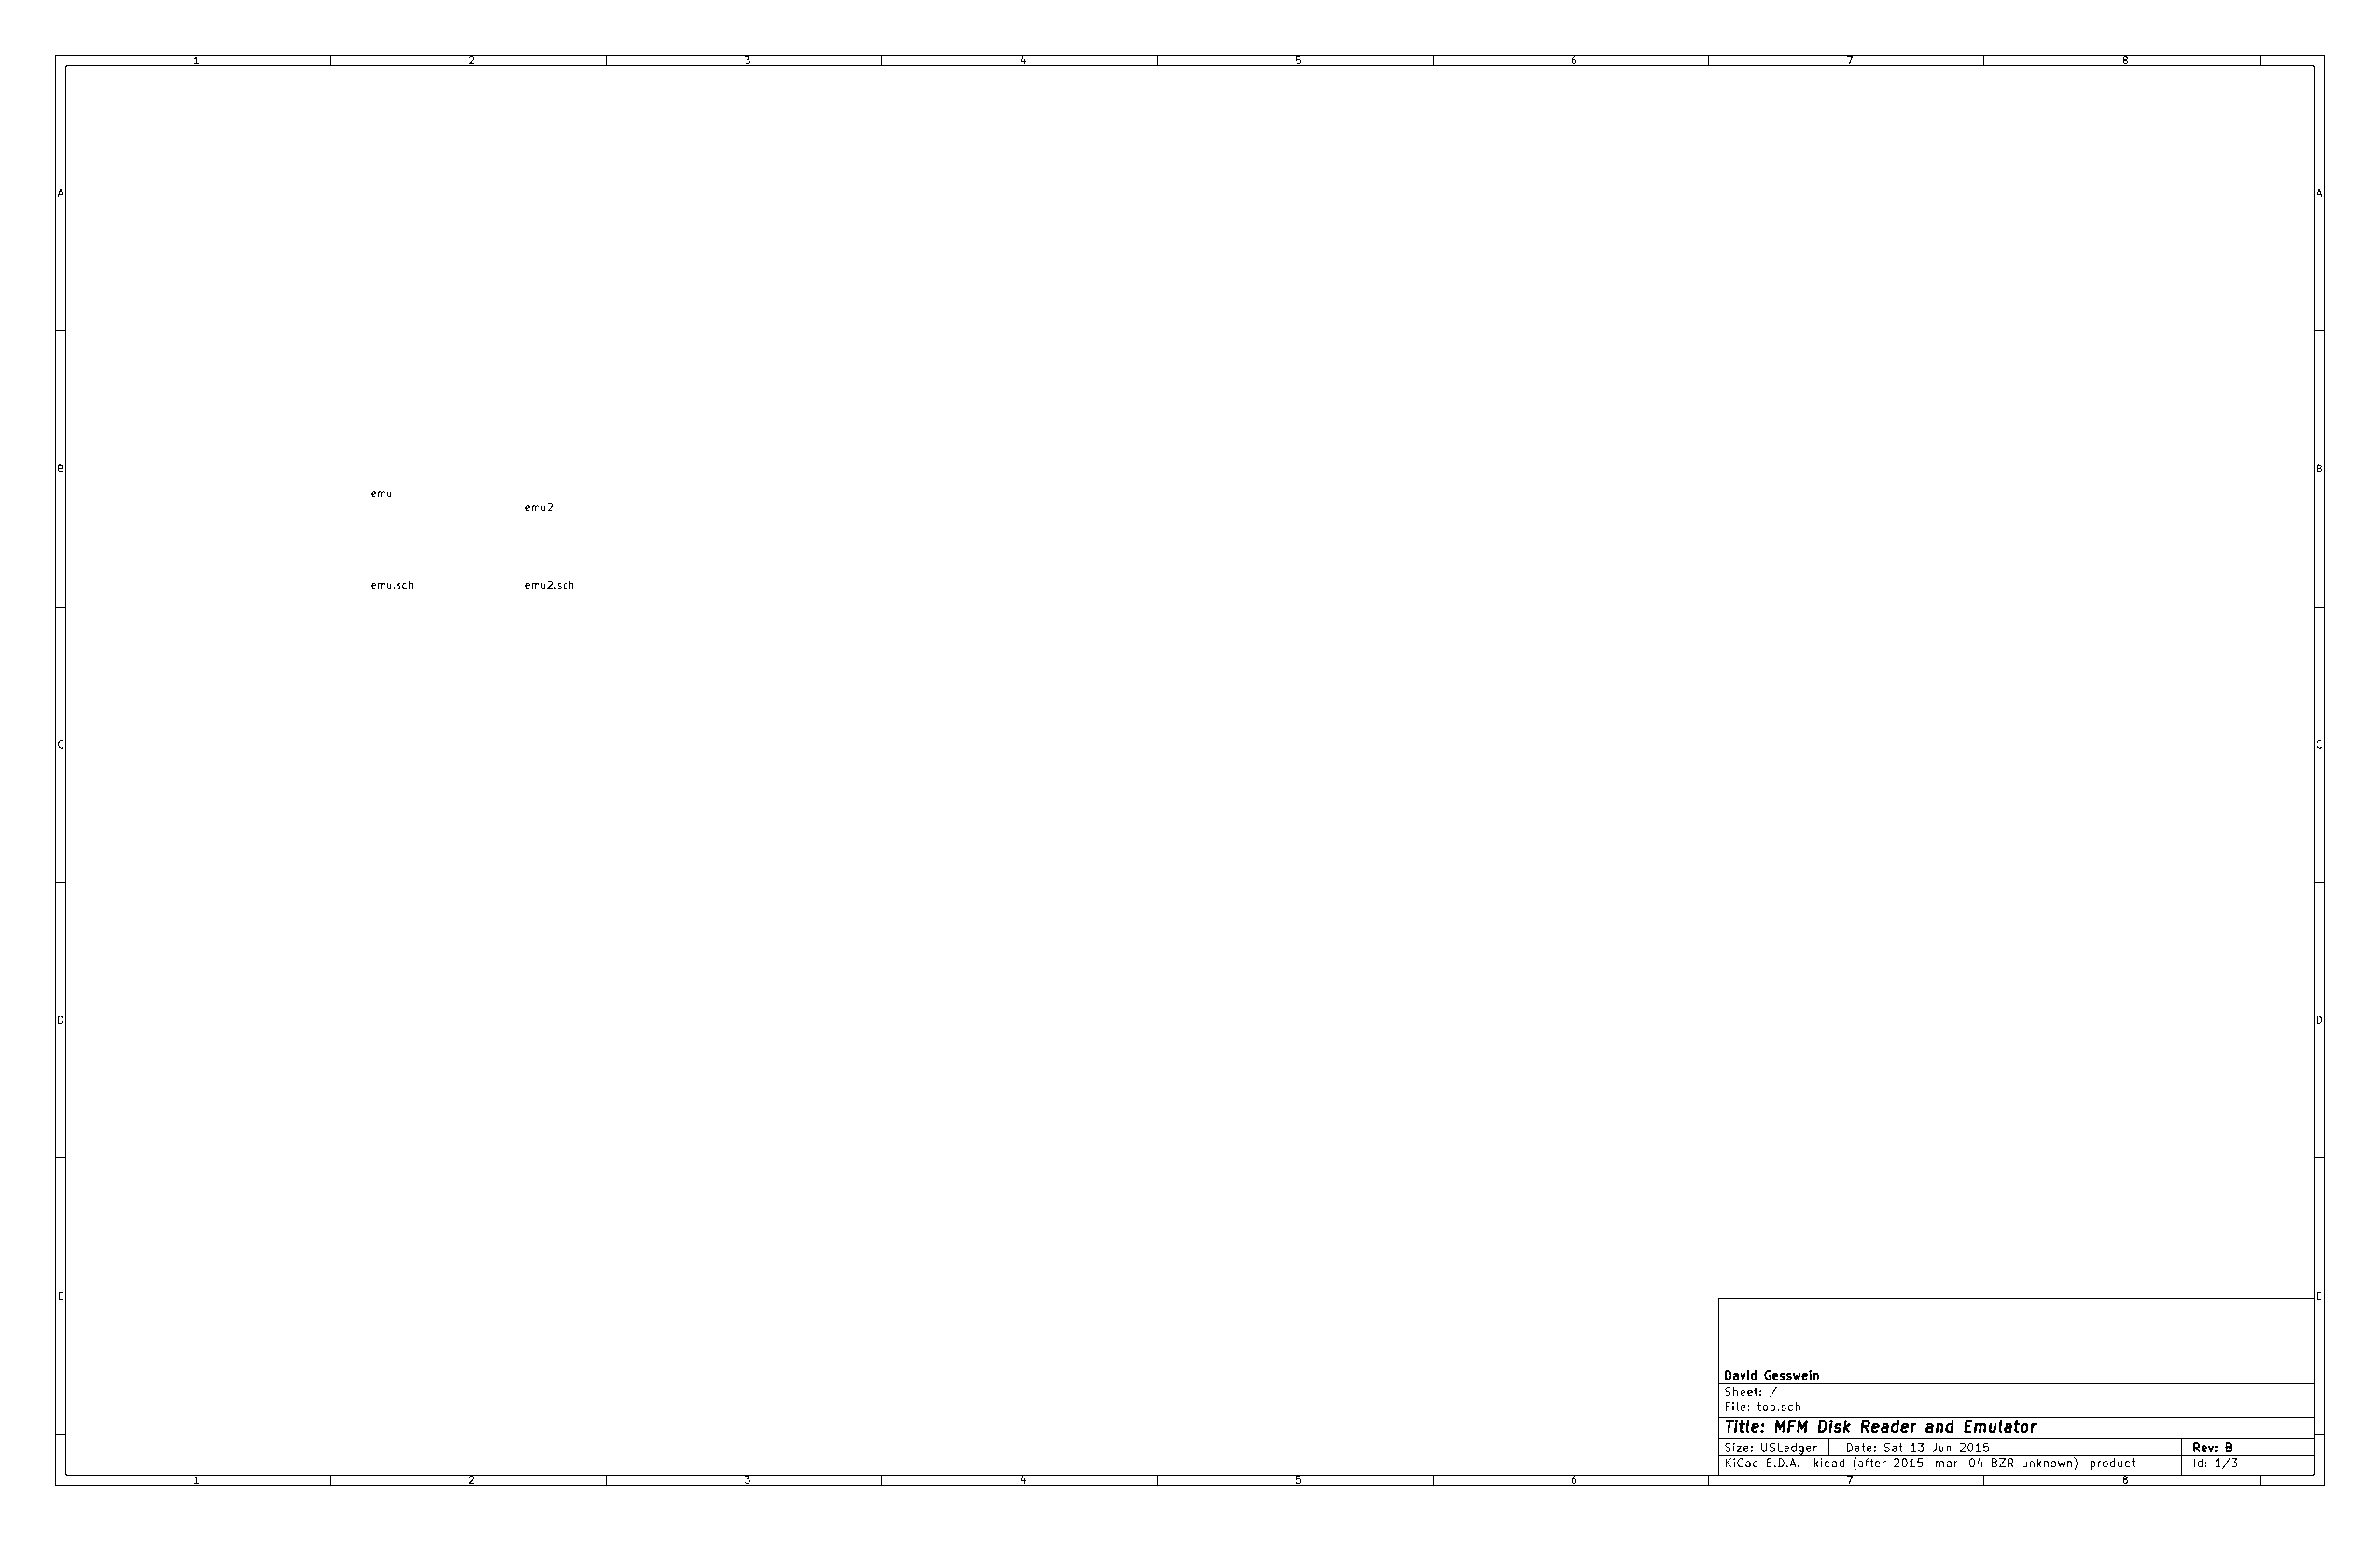
1                  2                   3                  4                   5                  6                   7                   8
 A                                                                                                                                                               A
 B                                                                                                                                                               B
 emu
 emu2
 emu.sch    emu2.sch
 C                                                                                                                                                               C
 D                                                                                                                                                               D
 E                                                                                                                                                               E
 David Gesswein
 Sheet: /
 File: top.sch
 Title: MFM Disk Reader and Emulator
 Size: USLedger Date: Sat 13 Jun 2015 Rev: B
 KiCad E.D.A. kicad (after 2015-mar-04 BZR unknown)-product Id: 1/3
 1                  2                   3                  4                   5                  6                   7                   8